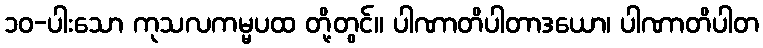
၁၀-ပါးသော ကုသလကမ္မပထ တို့တွင်။ ပါဏာတိပါတာဒယော၊ ပါဏာတိပါတ